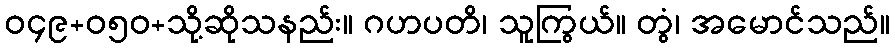
ဝ၄၉+၀၅ဝ+သို့ဆိုသနည်း။ ဂဟပတိ၊ သူကြွယ်။ တွံ၊ အမောင်သည်။